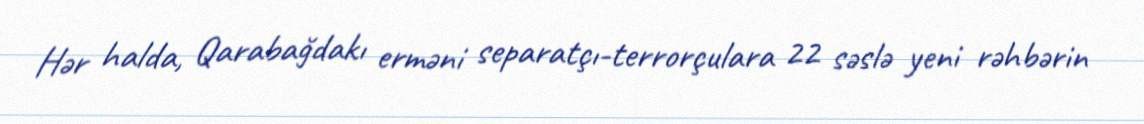
Hər halda, Qarabağdakı erməni separatçı-terrorçulara 22 səslə yeni rəhbərin